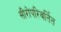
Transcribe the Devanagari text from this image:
सीरोपरिवर्तित